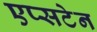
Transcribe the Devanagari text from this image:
एप्सटेन